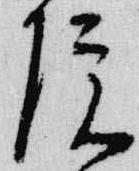
院